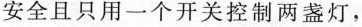
火线M安全且只用一个开关控制两盏灯，